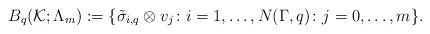
\begin{align*}B_q(\mathcal{K};\Lambda_m):=\{\tilde{\sigma}_{i,q}\otimes v_j\colon i=1,\dots,N(\Gamma,q)\colon j=0,\dots,m\}.\end{align*}